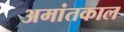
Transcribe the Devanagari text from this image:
अमांतकाल